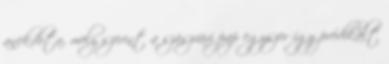
anekdota, mely szerint a szászvári pap egyszer így prédikált